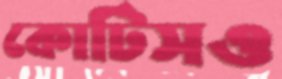
কোটিসও